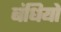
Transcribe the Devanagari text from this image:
बंधियों